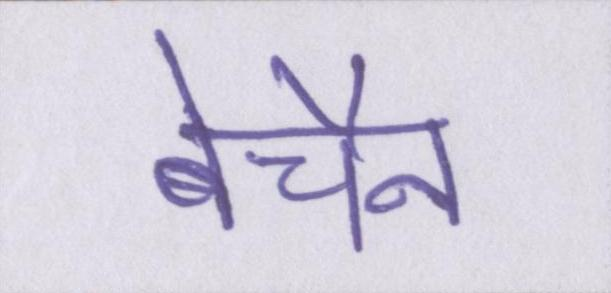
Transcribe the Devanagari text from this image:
बेचैन